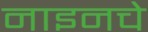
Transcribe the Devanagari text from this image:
नाइनचे